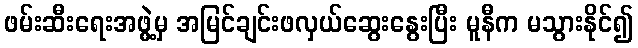
ဖမ်းဆီးရေးအဖွဲ့မှ အမြင်ချင်းဖလှယ်ဆွေးနွေးပြီး မူနီက မသွားနိုင်၍